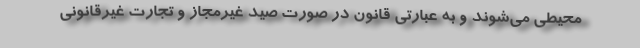
محیطی می‌شوند و به عبارتی قانون در صورت صید غیرمجاز و تجارت غیرقانونی